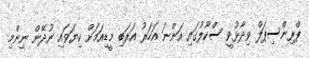
ޕްރިންސިޕަލް ވިދާޅުވީ ސްކޫލުގައި އަންނަ އަހަރު އަރަބި މީޑިއަމަށް ކިޔަވައި ނުދޭން ނިންމި